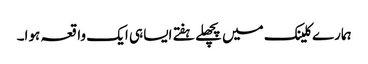
ہمارے کلینک میں پچھلے ہفتے ایسا ہی ایک واقعہ ہوا۔